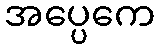
အပ္ပေကေ